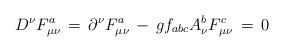
LaTeX: \begin{align*}D^\nu F^a_{\mu \nu} \, = \, \partial^\nu F^a_{\mu \nu} \, - \, g f_{abc} A^b_\nu F^c_{\mu \nu} \, = \, 0\end{align*}